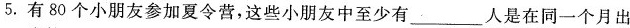
5.有80个小朋友参加夏令营，这些小朋友中至少有___人是在同一个月出